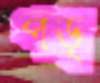
পড়্